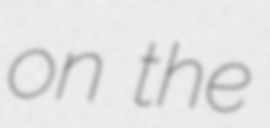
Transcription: on the